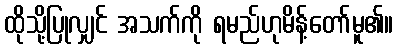
ထိုသို့ပြုလျှင် အသက်ကို ရမည်ဟုမိန့်တော်မူ၏။